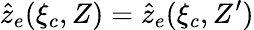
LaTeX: \hat{z}_{e}(\xi_{c},Z)=\hat{z}_{e}(\xi_{c},Z^{\prime})